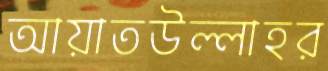
আয়াতউল্লাহর